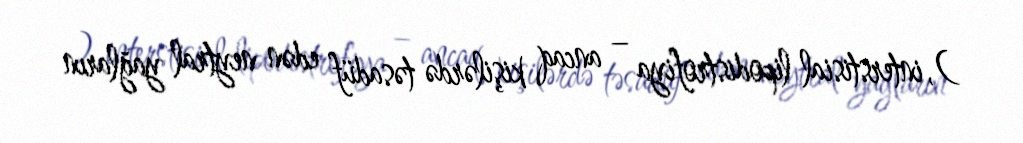
), interstisial lipodistrofiya – ancaq kişilərdə təsadüf edən neytral yağların